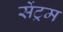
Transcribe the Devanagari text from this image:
सेंट्रम